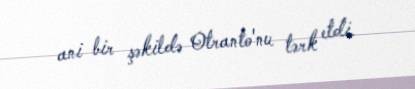
ani bir şəkildə Otranto'nu tərk etdi.